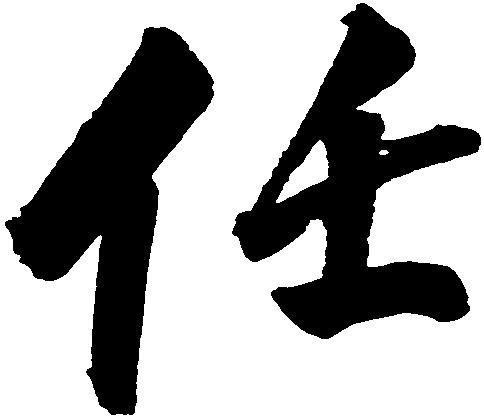
任